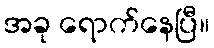
အခု ရောက်နေပြီ။